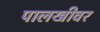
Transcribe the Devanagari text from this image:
पालखीवर